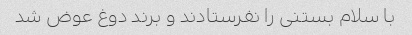
با سلام بستنی را نفرستادند و برند دوغ عوض شد